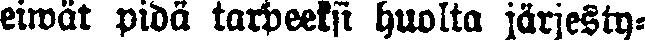
eiwät pidä tarpeeksi huolta järjesty-